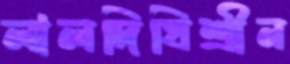
লালদিঘিশ্রীন